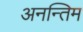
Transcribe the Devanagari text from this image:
अनन्तिम